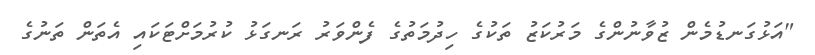
"އަޅުގަނޑުމެން ޒުވާނުންގެ މަރުކަޒު ތަކުގެ ހިދުމަތުގެ ފެންވަރު ރަނގަޅު ކުރުމަށްޓަކައި އެތަން ތަނުގެ